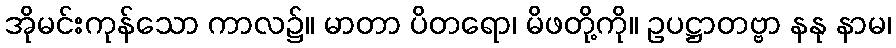
အိုမင်းကုန်သော ကာလ၌။ မာတာ ပိတရော၊ မိဖတို့ကို။ ဥပဋ္ဌာတဗ္ဗာ နနု နာမ၊